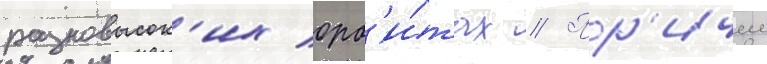
разновысок'их орб'и́тах // Пр'ичем